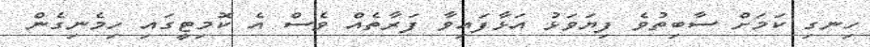
ހިނގި ކަމަށް ސާބިތުވެ ފިޔަވަޅު އަޅާފައިވާ ފަރާތެއް ވެސް އެ ކޮމިޓީގައި ހިމެނިގެން